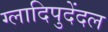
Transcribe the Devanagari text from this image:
ग्लादिपुदेंदल